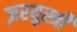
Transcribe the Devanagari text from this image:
ज़रयुस्त्री